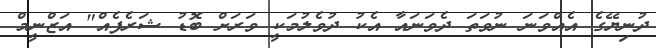
ދުނިޔޭގެ އެއްވަނަ ނުވަތަ ދެވަނައާ އެކު ދުވެލުމަކީ ވަރަށް ބޮޑު ޝަރެފެއް" އަޒްނީމް